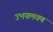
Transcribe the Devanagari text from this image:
उभयलवण